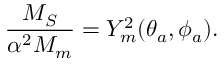
\frac { M _ { S } } { \alpha ^ { 2 } M _ { m } } = Y _ { m } ^ { 2 } ( \theta _ { a } , \phi _ { a } ) .